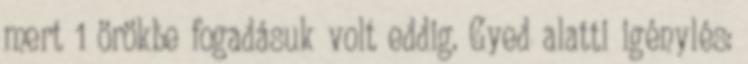
mert 1 örökbe fogadásuk volt eddig. Gyed alatti igénylés: